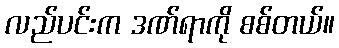
လည်ပင်းက ဒဏ်ရာကို စစ်တယ်။